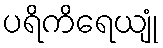
ပရိကိရေယျုံ